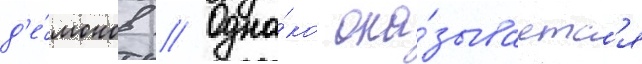
д'е́монов // Одна́ко ока́зываетс'я